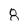
Character: 8